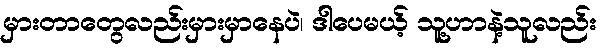
မှားတာတွေလည်းမှားမှာနေပဲ၊ ဒါပေမယ့် သူ့ဟာနဲ့သူလည်း